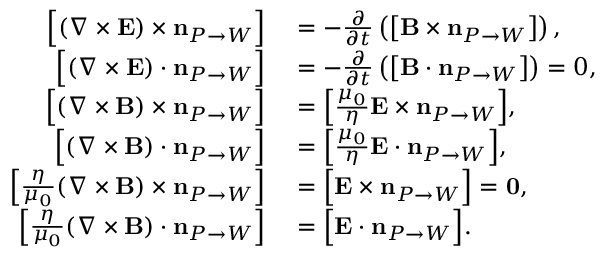
\begin{array} { r l } { { \Big [ } ( \nabla \times { \mathbf E } ) \times \mathbf { n } _ { P \rightarrow W } { \Big ] } } & { { } = - \frac { \partial } { \partial t } \left( { \big [ } { \mathbf B } \times \mathbf { n } _ { P \rightarrow W } { \big ] } \right) , } \\ { { \Big [ } ( \nabla \times { \mathbf E } ) \cdot \mathbf { n } _ { P \rightarrow W } { \Big ] } } & { { } = - \frac { \partial } { \partial t } \left( { \big [ } { \mathbf B } \cdot \mathbf { n } _ { P \rightarrow W } { \big ] } \right) = { 0 } , } \\ { { \Big [ } ( \nabla \times { \mathbf B } ) \times \mathbf { n } _ { P \rightarrow W } { \Big ] } } & { { } = { \Big [ } \frac { \mu _ { 0 } } { \eta } { \mathbf E } \times \mathbf { n } _ { P \rightarrow W } { \Big ] } , } \\ { { \Big [ } ( \nabla \times { \mathbf B } ) \cdot \mathbf { n } _ { P \rightarrow W } { \Big ] } } & { { } = { \Big [ } \frac { \mu _ { 0 } } { \eta } { \mathbf E } \cdot \mathbf { n } _ { P \rightarrow W } { \Big ] } , } \\ { { \Big [ } \frac { \eta } { \mu _ { 0 } } ( \nabla \times { \mathbf B } ) \times \mathbf { n } _ { P \rightarrow W } { \Big ] } } & { { } = { \Big [ } { \mathbf E } \times \mathbf { n } _ { P \rightarrow W } { \Big ] } = \mathbf { 0 } , } \\ { { \Big [ } \frac { \eta } { \mu _ { 0 } } ( \nabla \times { \mathbf B } ) \cdot \mathbf { n } _ { P \rightarrow W } { \Big ] } } & { { } = { \Big [ } { \mathbf E } \cdot \mathbf { n } _ { P \rightarrow W } { \Big ] } . } \end{array}